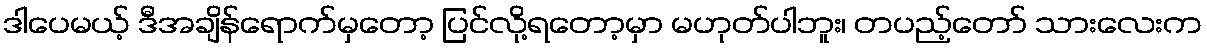
ဒါပေမယ့် ဒီအချိန်ရောက်မှတော့ ပြင်လို့ရတော့မှာ မဟုတ်ပါဘူး၊ တပည့်တော် သားလေးက